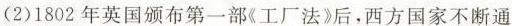
(2)1802年英国颁布第一部《工厂法》后，西方国家不断通